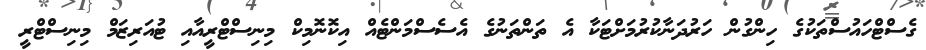
ގެސްޓްހައުސްތަކުގެ ހިންގުން ހަރުދަނާކުރުމަށްޓަކާ އެ ތަންތަނުގެ އެސެސްމަންޓެއް އިކޮނޮމިކް މިނިސްޓްރީއާއި ޓުއަރިޒަމް މިނިސްޓްރީ